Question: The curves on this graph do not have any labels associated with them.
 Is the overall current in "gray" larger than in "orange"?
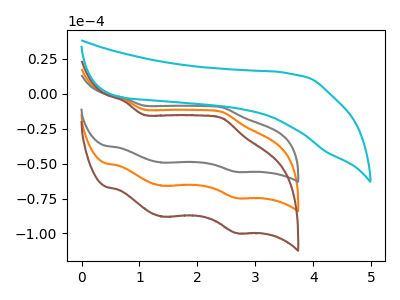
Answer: <think>The orange curve "orange" has anodic peaks at (0.75V, -3.95uA) (2.45V, -13.20uA) and cathodic peaks at (1.40V, -65.85uA) (2.65V, -74.65uA). The gray curve "gray" has anodic peaks at (0.75V, -2.95uA) (2.45V, -9.85uA) and cathodic peaks at (1.40V, -49.30uA) (2.65V, -55.85uA). The brown curve "brown" has anodic peaks at (0.75V, -7.90uA) (2.45V, -26.40uA) and cathodic peaks at (1.40V, -131.70uA) (2.65V, -149.30uA). The cyan curve "cyan" has no peaks.
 All the peaks in "gray" have a peak in "orange" at the same potential.</think>
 <answer>I cant tell if "gray" or "orange" has more signal.</answer>
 <eval>mixed_signal</eval>